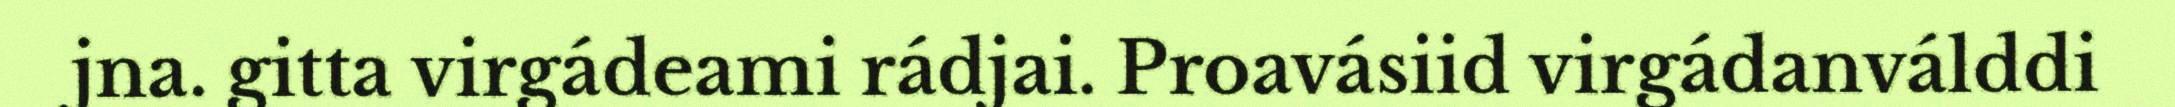
jna. gitta virgádeami rádjai. Proavásiid virgádanválddi